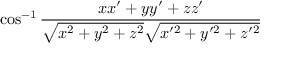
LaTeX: \cos ^ { - 1 } { \frac { x x ^ { \prime } + y y ^ { \prime } + z z ^ { \prime } } { { \sqrt { x ^ { 2 } + y ^ { 2 } + z ^ { 2 } } } { \sqrt { x ^ { \prime 2 } + y ^ { \prime 2 } + z ^ { \prime 2 } } } } }